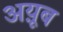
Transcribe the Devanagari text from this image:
अय़ूब